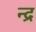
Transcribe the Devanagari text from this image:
न्द्र